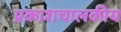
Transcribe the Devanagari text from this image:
प्रकाशचालकीय